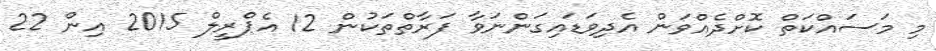
މި މަސައްކަތް ކޮށްދެއްވަން އެދިވަޑައިގަންނަވާ ފަރާތްތަކުން 12 އެޕްރީލް 2015 އިން 22